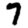
Digit: 7